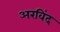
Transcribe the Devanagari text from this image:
अरविंद